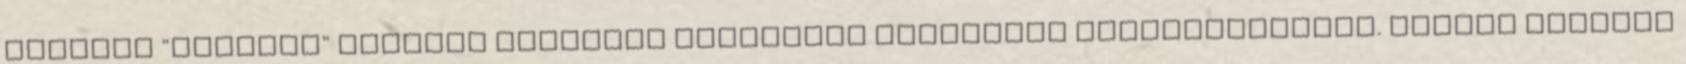
utcában "Bauhaus" mintára felépülő kísérleti lakótelep létrehozásának. Tervei szerint